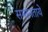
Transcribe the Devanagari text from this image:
समानताये